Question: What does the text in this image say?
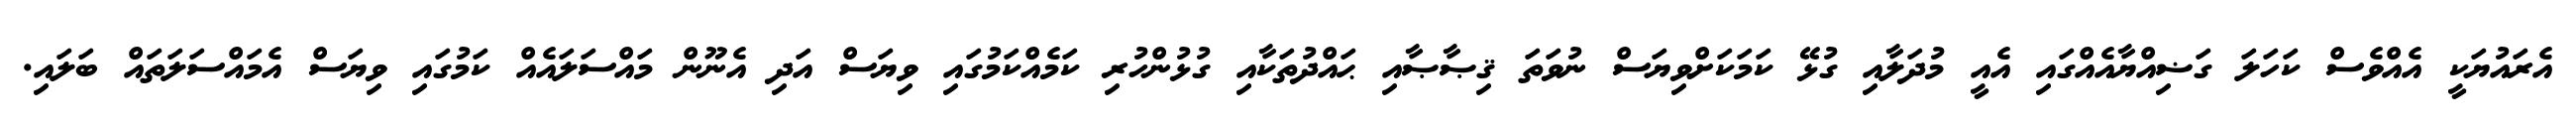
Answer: އެރައުޔަކީ އެއްވެސް ކަހަލަ ގަޟިއްޔާއެއްގައި އެއީ މުދަލާއި ގުޅޭ ކަމަކަށްވިޔަސް ނުވަތަ ޤިޞާޞާއި ޙައްދުތަކާއި ގުޅުންހުރި ކަމެއްކަމުގައި ވިޔަސް އަދި އެނޫން މައްސަލައެއް ކަމުގައި ވިޔަސް އެމައްސަލަތައް ބަލައި.